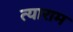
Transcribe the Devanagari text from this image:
त्याराम